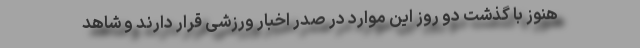
هنوز با گذشت دو روز این موارد در صدر اخبار ورزشی قرار دارند و شاهد